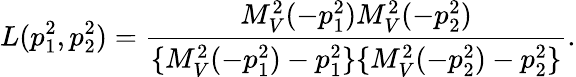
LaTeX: L(p_{1}^{2},p_{2}^{2})=\frac{M_{V}^{2}(-p_{1}^{2})M_{V}^{2}(-p_{2}^{2})}{\{ M_{V}^{2}(-p_{1}^{2})-p_{1}^{2}\} \{ M_{V}^{2}(-p_{2}^{2})-p_{2}^{2}\} }.